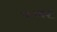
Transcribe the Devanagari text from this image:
फच्चर